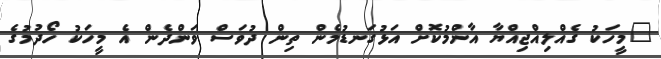
"މީހަކު ގެއްލިއްޖިއްޔާ އާންމުކޮށް އަޅުގަނޑުމެން ތިން ދުވަސް ވަންދެން އެ މީހަކު ހޯދުމުގެ